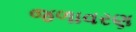
જળાવરણ